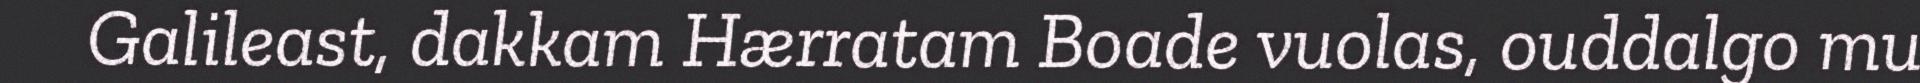
Galileast, dakkam Hærratam Boade vuolas, ouddalgo mu